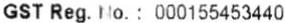
GST REG. NO. : 000155453440